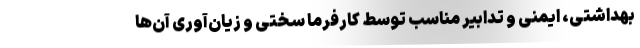
بهداشتی، ایمنی و تدابیر مناسب توسط کارفرما سختی و زیان‌آوری آن‌ها